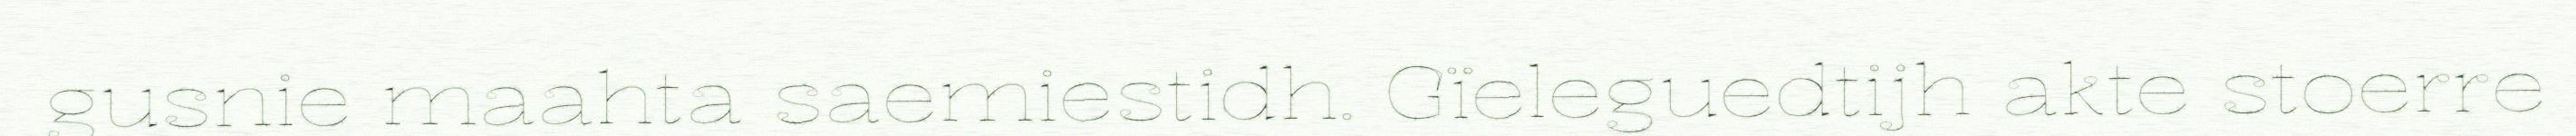
gusnie maahta saemiestidh. Gïeleguedtijh akte stoerre